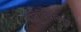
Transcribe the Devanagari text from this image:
प्रतिबिंबात्मक